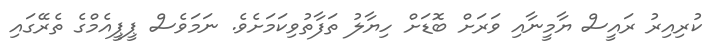
ކުރިއިރު ރައީސް ޔާމީނާއި ވަރަށް ބޮޑަށް ހިޔާލު ތަފާތުވިކަމަށެވެ. ނަމަވެސް ޕީޕީއެމްގެ ތެރޭގައި